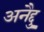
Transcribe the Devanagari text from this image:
अनैद्दु